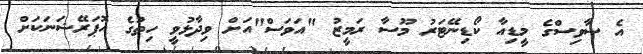
އެ ސާވިސްގެ މީޑިއާ ކޯޑިނޭޓަރު މޫސާ ރަމީޒު "އަވަސް"އަށް ވިދާޅުވީ ހިތުގެ އޮޕަރޭޝަނަކަށް